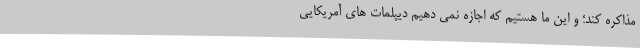
مذاکره کند؛ و این ما هستیم که اجازه نمی دهیم دیپلمات های آمریکایی